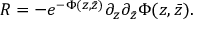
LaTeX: R = - e ^ { - \Phi ( z , \bar { z } ) } \partial _ { z } \partial _ { \bar { z } } \Phi ( z , \bar { z } ) .